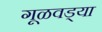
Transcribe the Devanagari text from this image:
गूळवड्या